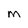
Character: M